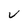
Character: V